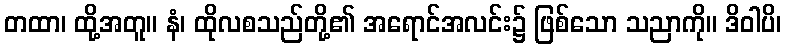
တထာ၊ ထို့အတူ။ နံ၊ ထိုလစသည်တို့၏ အရောင်အလင်း၌ ဖြစ်သော သညာကို။ ဒိဝါပိ၊